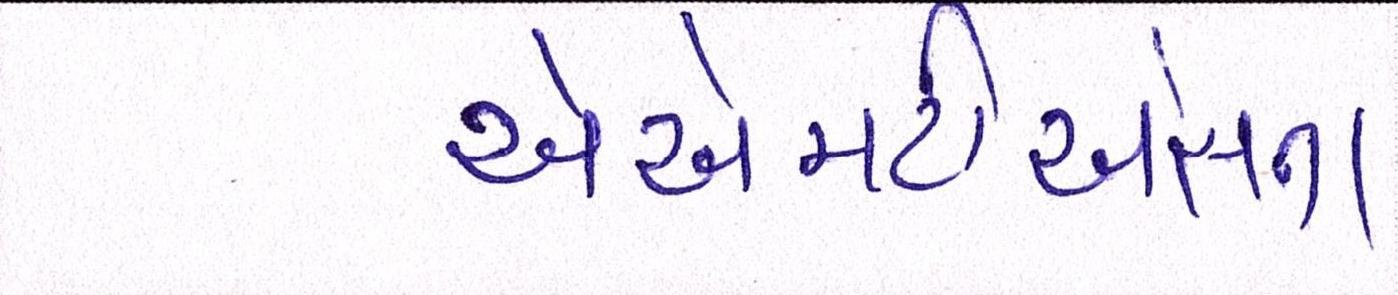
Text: એએમટીએસના